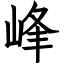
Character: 峰